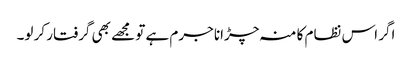
اگر اس نظام کا منہ چڑانا جرم ہے تو مجھے بھی گرفتار کر لو۔